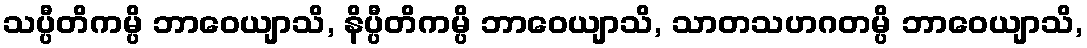
သပ္ပီတိကမ္ပိ ဘာဝေယျာသိ, နိပ္ပီတိကမ္ပိ ဘာဝေယျာသိ, သာတသဟဂတမ္ပိ ဘာဝေယျာသိ,